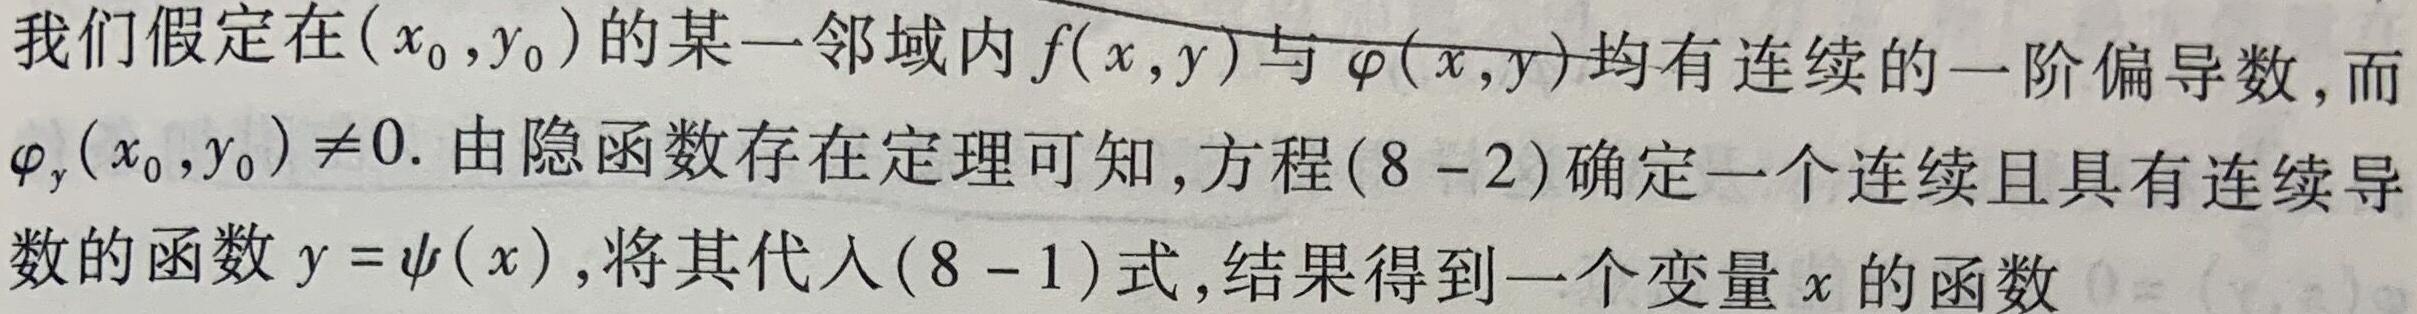
我们假定在$(x_0,y_0)$的某一邻域内$f(x,y)$与$\varphi(x,y)$均有连续的一阶偏导数,而$\varphi_y(x_0,y_0)\neq0$. 由隐函数存在定理可知,方程$(8 - 2)$确定一个连续且具有连续导数的函数$y = \psi(x)$,将其代入$(8 - 1)$式,结果得到一个变量$x$的函数